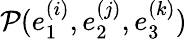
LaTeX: \mathcal{P}(e_{1}^{(i)},e_{2}^{(j)},e_{3}^{(k)})